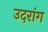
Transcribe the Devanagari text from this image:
उदरांग